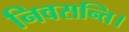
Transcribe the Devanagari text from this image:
निवसन्ति।